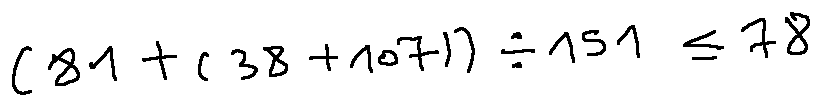
( 8 1 + ( 3 8 + 1 0 7 ) ) \div 1 5 1 \leq 7 8